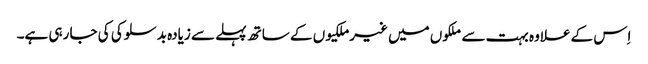
‏ اِس کے علاوہ بہت سے ملکوں میں غیرملکیوں کے ساتھ پہلے سے زیادہ بدسلوکی کی جا رہی ہے۔